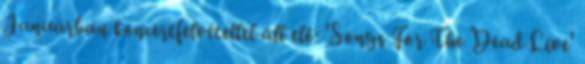
Januárban koncertfelvétellel áll elő: 'Songs For The Dead Live'